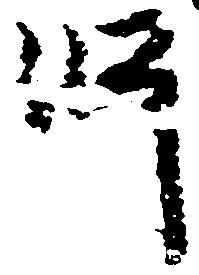
師